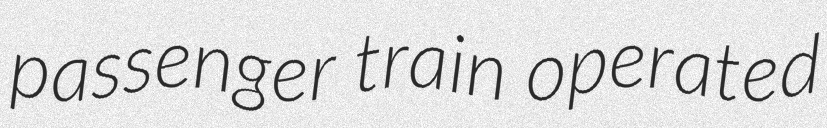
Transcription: passenger train operated